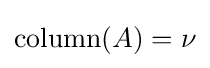
\mathrm {column} (A)=\nu